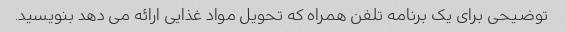
توضیحی برای یک برنامه تلفن همراه که تحویل مواد غذایی ارائه می دهد بنویسید.